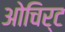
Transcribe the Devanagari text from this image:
ओचिर्ट